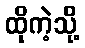
ထိုကဲ့သို့